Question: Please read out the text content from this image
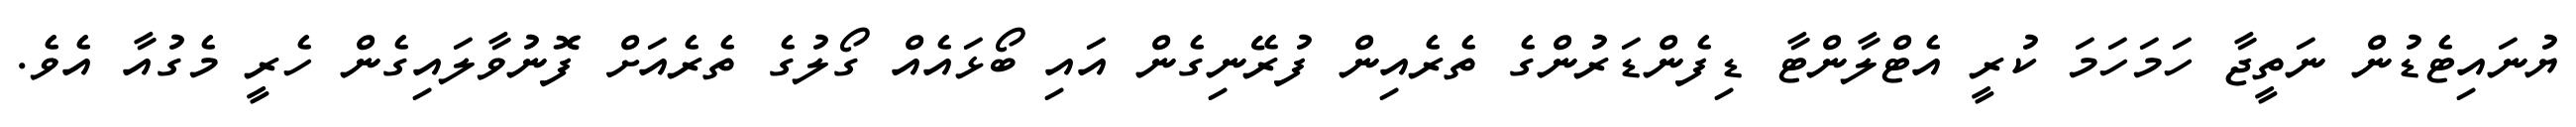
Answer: ޔުނައިޓެޑުން ނަތީޖާ ހަމަހަމަ ކުރީ އެޓްލާންޓާ ޑިފެންޑަރުންގެ ތެރެއިން ފުރޭނިގެން އައި ބޯޅައެއް ގޯލުގެ ތެރެއަށް ފޮނުވާލައިގެން ހެރީ މެގުއާ އެވެ.